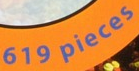
619 pieces